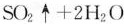
SO₂个+2H_{2}O